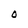
Character: O